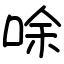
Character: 唋